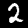
Label: 2